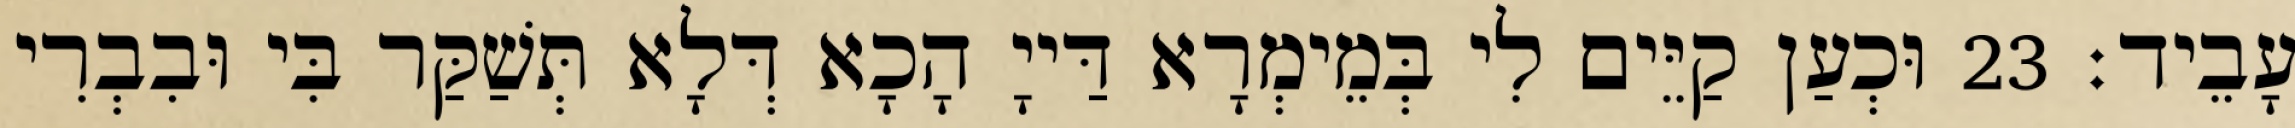
עָבֵיד׃ 23 וּכְעַן קַיֵּים לִי בְּמֵימְרָא דַּייָ הָכָא דְּלָא תְּשַׁקַּר בִּי וּבִבְרִי